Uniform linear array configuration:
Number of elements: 16
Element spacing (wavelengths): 0.75
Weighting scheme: hann
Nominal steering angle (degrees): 30
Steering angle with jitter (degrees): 31.071
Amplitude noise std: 0.05
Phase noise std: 0.05

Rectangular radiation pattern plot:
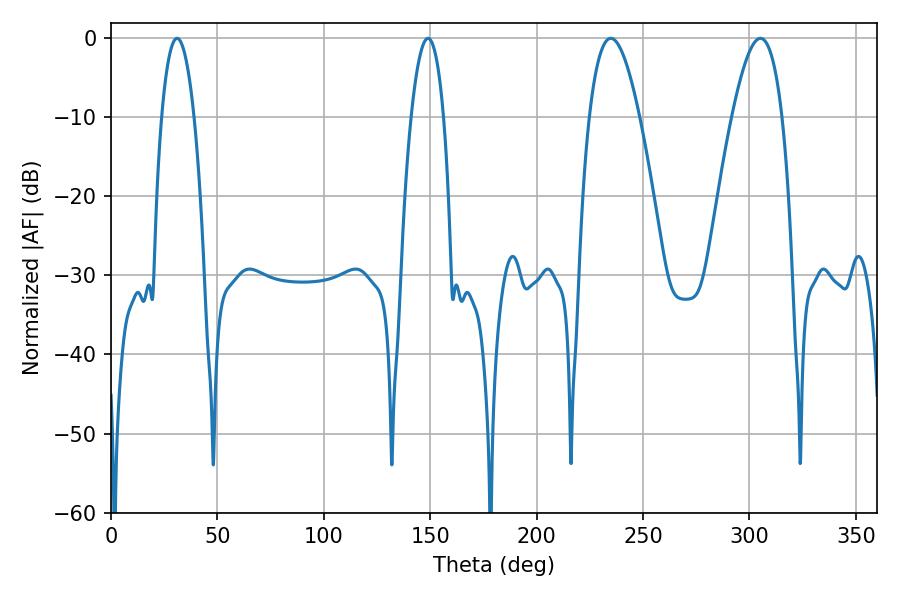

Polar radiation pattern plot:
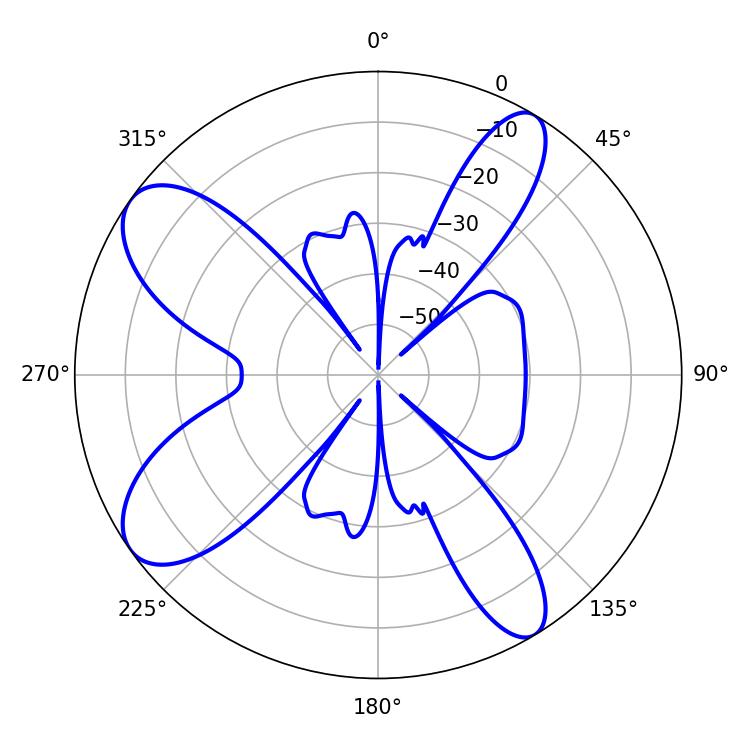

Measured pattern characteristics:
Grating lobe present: TRUE
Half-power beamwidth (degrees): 12.78
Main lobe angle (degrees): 234.9